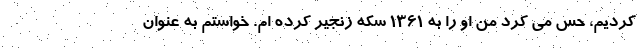
کردیم، حس می کرد من او را به 1361 سکه زنجیر کرده ام. خواستم به عنوان